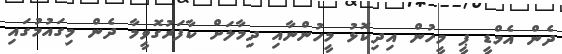
ދެން އެމްޑީ ޕީ މީހުން އިދިކޮޅު މީހުންނާއި ދިމާލަށް ކާފަރުގޮވީމާ ދެން މިގައުމުގައި